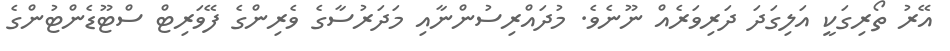
އޭރު ތޯރިގަކީ އަލިގަދަ ދަރިވަރެއް ނޫނެވެ. މުދައްރިސުންނާއި މަދަރުސާގެ ވެރިންގެ ފޭވަރިޓް ސްޓޫޑެންޓުންގެ